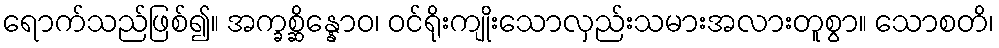
ရောက်သည်ဖြစ်၍။ အက္ခစ္ဆိန္နောဝ၊ ဝင်ရိုးကျိုးသောလှည်းသမားအလားတူစွာ။ သောစတိ၊